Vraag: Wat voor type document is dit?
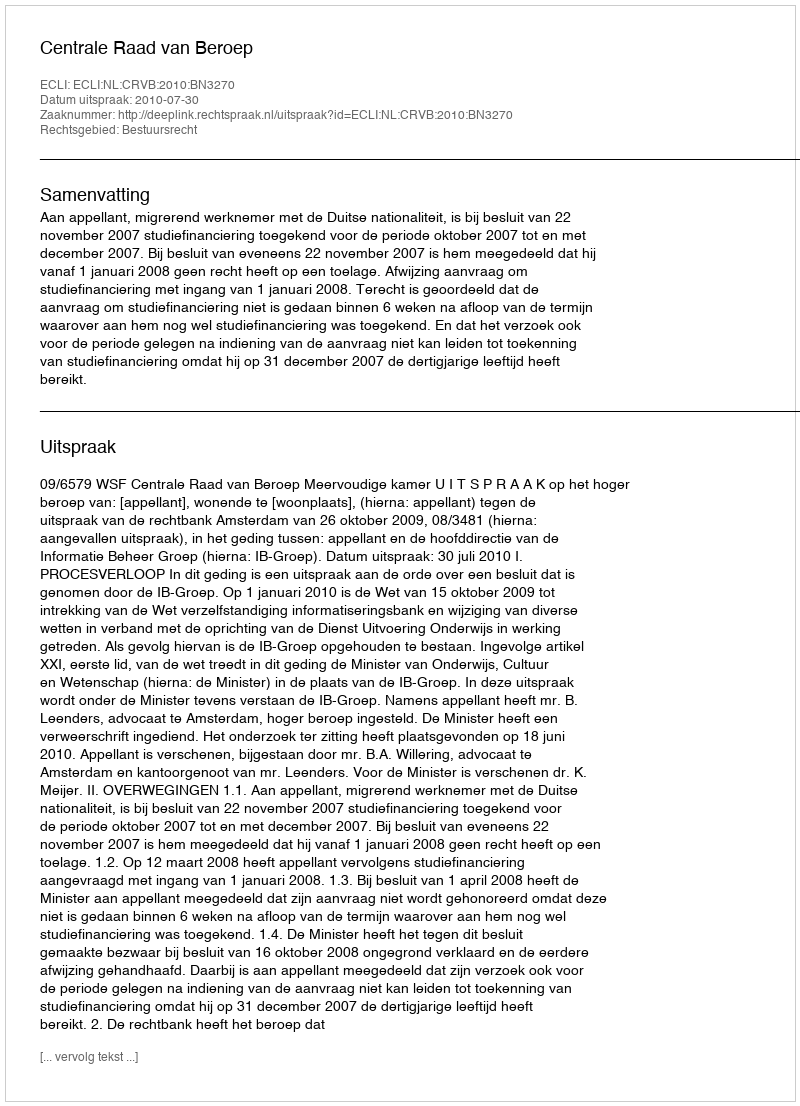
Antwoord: Uitspraak